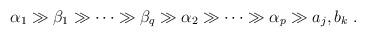
LaTeX: \begin{align*}\alpha_1 \gg \beta_1 \gg \cdots \gg \beta_q \gg \alpha_2 \gg \cdots\gg \alpha_p \gg a_j, b_k \;. \end{align*}